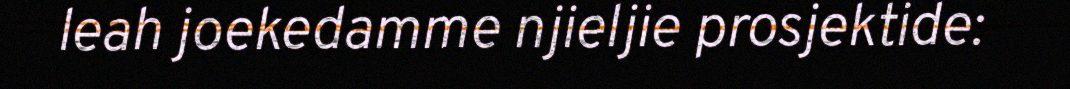
leah joekedamme njieljie prosjektide: